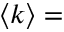
\langle k \rangle =